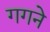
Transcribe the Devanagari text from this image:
गगने